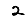
Digit: 2